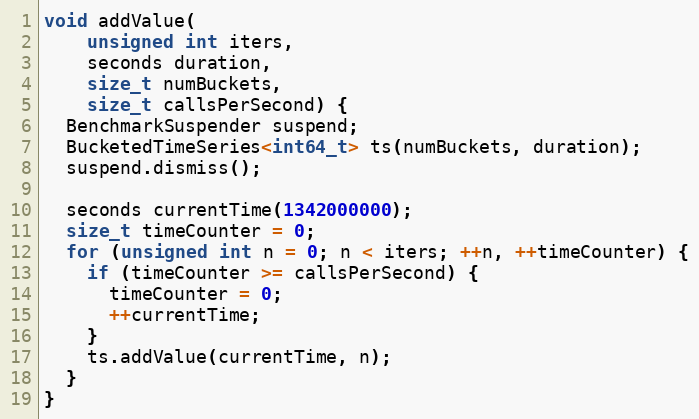
Language: C++
void addValue(
    unsigned int iters,
    seconds duration,
    size_t numBuckets,
    size_t callsPerSecond) {
  BenchmarkSuspender suspend;
  BucketedTimeSeries<int64_t> ts(numBuckets, duration);
  suspend.dismiss();

  seconds currentTime(1342000000);
  size_t timeCounter = 0;
  for (unsigned int n = 0; n < iters; ++n, ++timeCounter) {
    if (timeCounter >= callsPerSecond) {
      timeCounter = 0;
      ++currentTime;
    }
    ts.addValue(currentTime, n);
  }
}